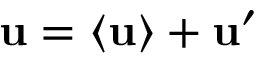
\mathbf { u } = \langle \mathbf { u } \rangle + \mathbf { u } ^ { \prime }